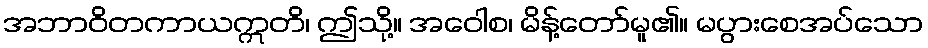
အဘာဝိတကာယဣတိ၊ ဤသို့။ အဝေါစ၊ မိန့်တော်မူ၏။ မပွားစေအပ်သော